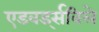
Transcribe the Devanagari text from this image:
एडवर्ड्सविले